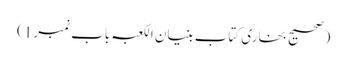
(صحیح بخاری کتاب بنیان الکعبہ باب نمبر1)